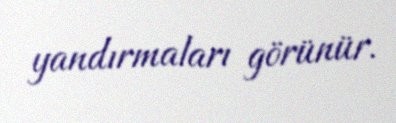
yandırmaları görünür.